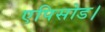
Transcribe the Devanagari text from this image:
एपिसोड।